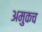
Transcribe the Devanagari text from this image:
अमुकच